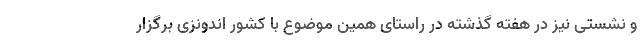
و نشستی نیز در هفته گذشته در راستای همین موضوع با کشور اندونزی برگزار